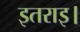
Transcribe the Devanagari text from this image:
इतराइ।